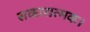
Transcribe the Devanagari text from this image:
सकारात्मक।